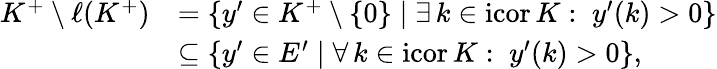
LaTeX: \begin{array}{rl}{K^{+}\setminus\ell(K^{+})}&{=\{ y^{\prime}\in K^{+}\setminus\{ 0\} \mid\exists\, k\in\mathrm{icor}\, K:\; y^{\prime}(k)>0\} }\\ &{\subseteq\{ y^{\prime}\in E^{\prime}\mid\forall\, k\in\mathrm{icor}\, K:\; y^{\prime}(k)>0\} ,}\end{array}